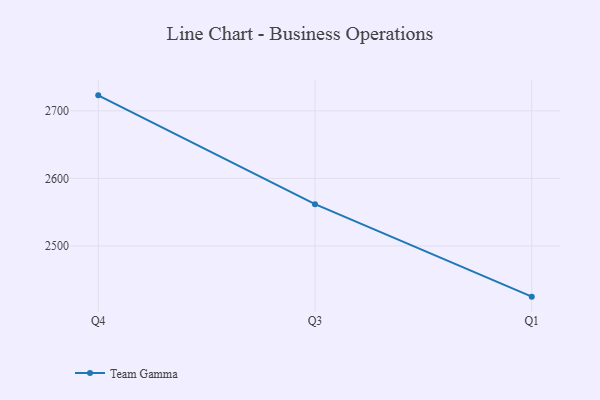
{"axis": {"x": "Quarter", "y": "Waste Production (Tons)"}, "legend": ["Team Gamma"], "data": [{"x": "Q4", "y": 2722.9, "type": "Team Gamma"}, {"x": "Q3", "y": 2561.8, "type": "Team Gamma"}, {"x": "Q1", "y": 2424.9, "type": "Team Gamma"}]}